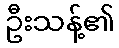
ဦးသန့်၏